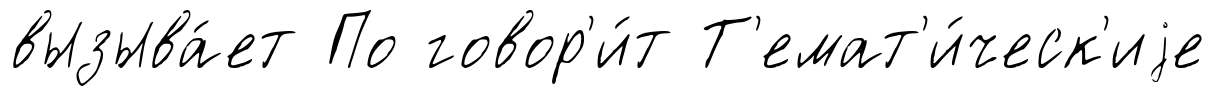
вызыва́ет По говор'и́т Т'емат'и́ческ'иjе